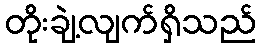
တိုးချဲ့လျက်ရှိသည်